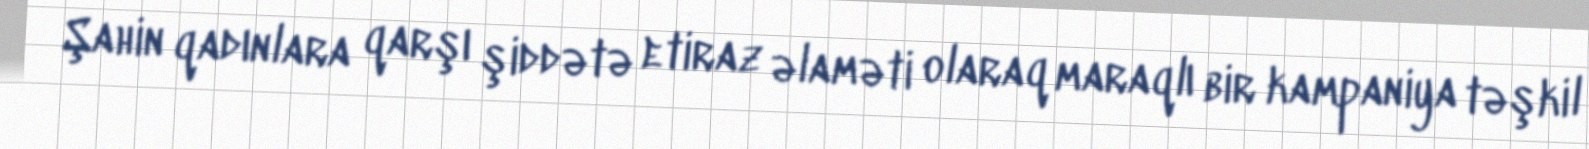
Şahin qadınlara qarşı şiddətə etiraz əlaməti olaraq maraqlı bir kampaniya təşkil